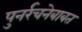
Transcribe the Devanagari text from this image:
पुनर्रचनेबाबत